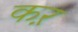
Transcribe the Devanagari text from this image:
कऱ